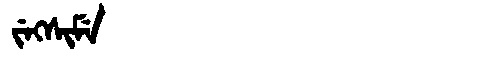
Manchu: ᠵᡝᡴᠰᡳᠮᡝ
Romanization: JEKSIME